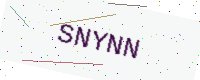
Text: SNYNN